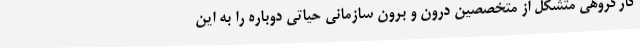
کارگروهی متشکل از متخصصین درون و برون سازمانی حیاتی دوباره را به این